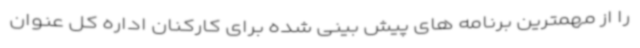
را از مهمترین برنامه های پیش بینی شده برای کارکنان اداره کل عنوان